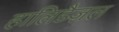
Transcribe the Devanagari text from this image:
हालिडैज़ल